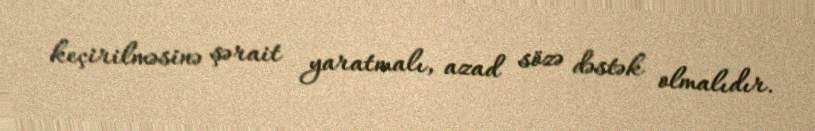
keçirilməsinə şərait yaratmalı, azad sözə dəstək olmalıdır.